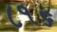
૮૧૬